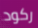
ركود